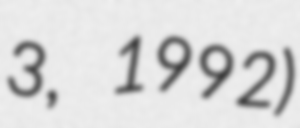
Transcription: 3, 1992)